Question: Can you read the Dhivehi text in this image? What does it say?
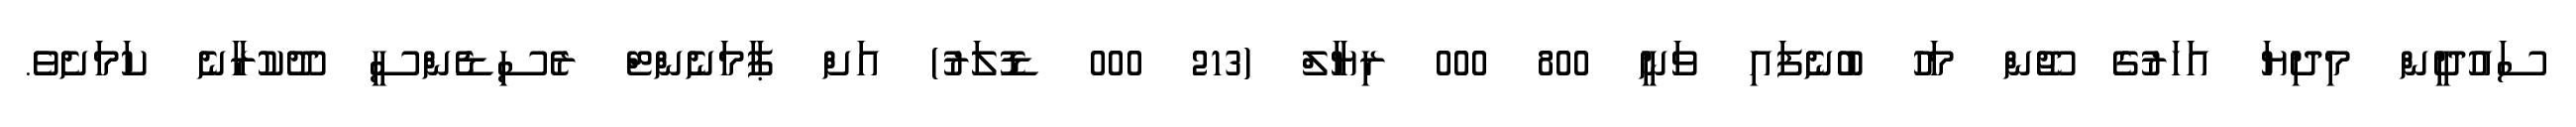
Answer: ސައުދީން މިދިޔަ އަހަރުގެ ޖޫން މަހު ބުނެފައި ވަނީ 800 000 ރިޔާލް (213 000 ޑޮލަރު) އަށް ޕާމަނެންޓް ރެސިޑެންސީ ދޫކުރާނެ ކަމަށެވެ.